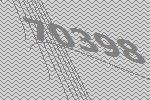
70398